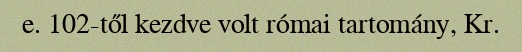
e. 102-től kezdve volt római tartomány, Kr.